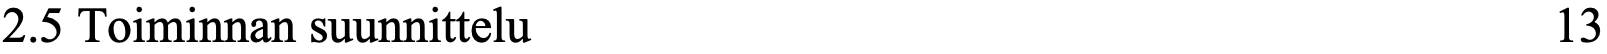
2.5 Toiminnan suunnittelu                           13